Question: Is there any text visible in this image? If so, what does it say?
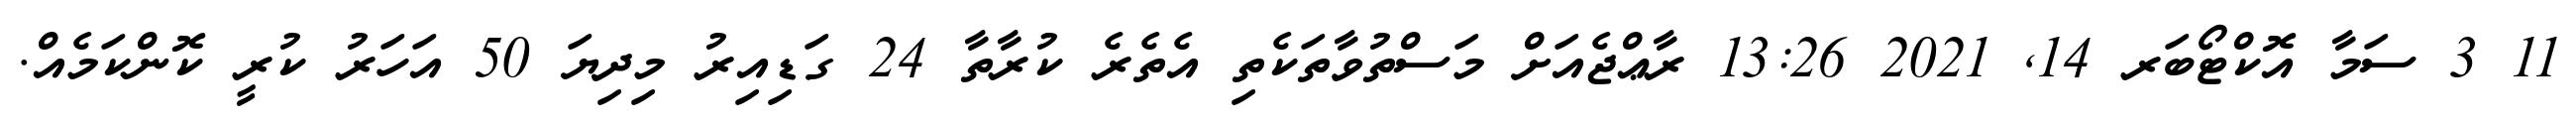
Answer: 11 3 ސަމާ އޮކްޓޯބަރ 14, 2021 13:26 ރާޢްޖެއަށް މަސްތުވާތަކެތި އެތެރެ ކުރާތާ 24 ގަޑިއިރު މިދިޔަ 50 އަހަރު ކުރީ ކޮންކަމެއް.